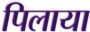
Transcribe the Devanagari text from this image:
पिलाया